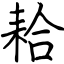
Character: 耠